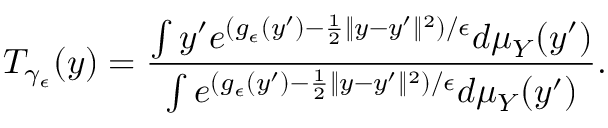
T _ { \gamma _ { \epsilon } } ( y ) = \frac { \int y ^ { \prime } e ^ { ( g _ { \epsilon } ( y ^ { \prime } ) - \frac { 1 } { 2 } \| y - y ^ { \prime } \| ^ { 2 } ) / \epsilon } d \mu _ { Y } ( y ^ { \prime } ) } { \int e ^ { ( g _ { \epsilon } ( y ^ { \prime } ) - \frac { 1 } { 2 } \| y - y ^ { \prime } \| ^ { 2 } ) / \epsilon } d \mu _ { Y } ( y ^ { \prime } ) } .